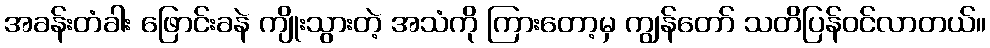
အခန်းတံခါး ဖြောင်းခနဲ ကျိုးသွားတဲ့ အသံကို ကြားတော့မှ ကျွန်တော် သတိပြန်ဝင်လာတယ်။